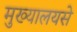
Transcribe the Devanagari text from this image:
मुख्यालयसे